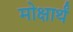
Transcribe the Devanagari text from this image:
मोक्षार्थं